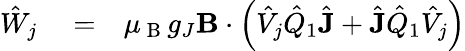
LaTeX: \begin{array}{rlr}{\hat{W}_{j}}&{{}=}&{\mu_{\mathrm{~B~}}g_{J}\mathbf{B}\cdot\left(\hat{V}_{j}\hat{Q}_{1}\hat{\mathbf{J}}+\hat{\mathbf{J}}\hat{Q}_{1}\hat{V}_{j}\right)}\end{array}